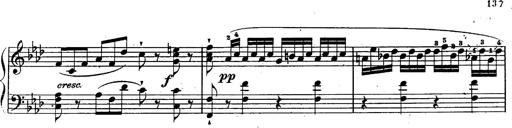
Title: Schubert's Impromptus [revised and edited by Franz Liszt]
Composer: Franz Liszt